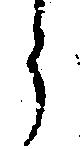
う